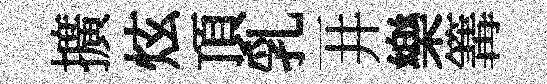
擴炫頂乳一井樂篝